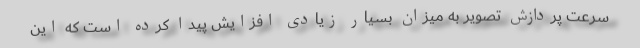
سرعت پردازش تصویر به میزان بسیار زیادی افزایش پیدا کرده است که این